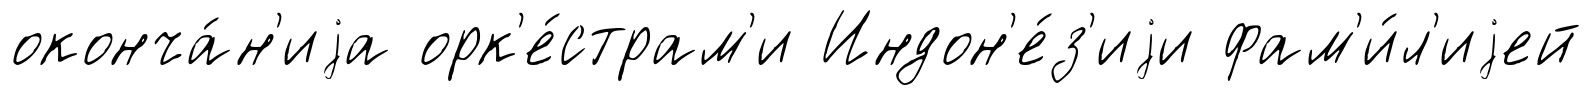
оконча́н'иjа орк'е́страм'и Индон'е́з'иjи фам'и́л'иjей